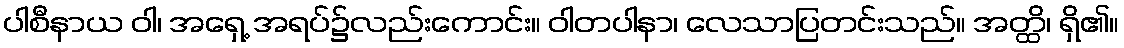
ပါစီနာယ ဝါ၊ အရှေ့ အရပ်၌လည်းကောင်း။ ဝါတပါနာ၊ လေသာပြတင်းသည်။ အတ္ထိ၊ ရှိ၏။